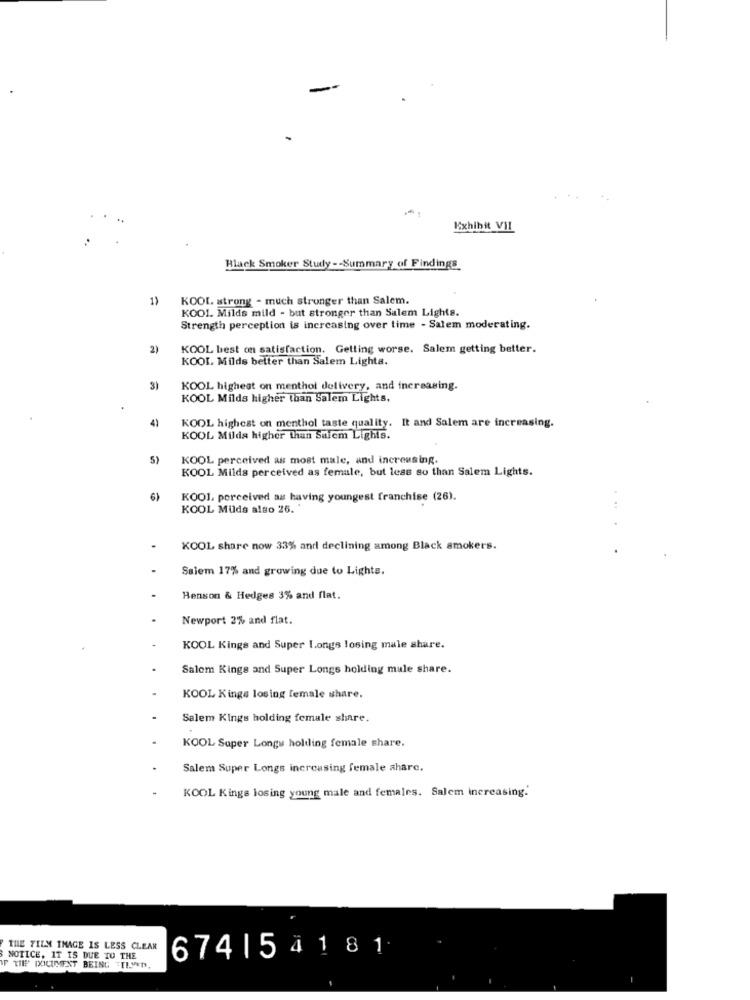
Exhibit VII
Black Smoker Study -- Summary of Findings
1)
KOOL strong - much stronger than Salem.
KOO1. Milds mild - but stronger than Salem Lights.
Strength perception is increasing over time - Salem moderating.
2)
KOOL best on satisfaction. Getting worse. Salem getting better.
KOOL Milds better than Salem Lights.
3)
KOOL highest on menthol delivery, and increasing.
KOOL Milds higher than Salem Lights.
4)
KOOL highest on menthol taste quality. It and Salem are increasing.
KOOL Milda higher than Saiem Lights.
5)
KOOL perceived as most male, and increasing.
KOOL Milds perceived as female, but less so than Salem Lights.
6)
KOO1, perceived as having youngest franchise (26).
KOOL Mulds also 26. "
KOOL share now 33% and declining among Black smokers.
Saiem 17% and growing due to Lights.
Benson & Hedges 3% and flat.
Newport 2% and flat.
KOOL Kings and Super Longs losing male share.
Salom Kings and Super Longs holding male share.
KOOL Kings losing female share.
Salem Kings holding female share.
KOOL Super Longy holding female share.
Salem Super Longs increasing female share.
KOOL Kings losing young male and females. Salem increasing.
THE FILM THAGE IS LESS CLEAR
674| 5 4181
NOTICE, IT IS DUE TO THE
IF TIF DOCUMENT BEING TILMEN,